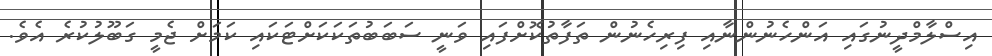
އިސްލާމްދީނުގައި އަންހެނުންނާއި ފިރިހެނުން ތަފާތުކޮށްފައި ވަނީ ސަބަބުތަކަކަށްޓަކައި ކަމަށް ޖެމީ ގަބޫލުކުރެ އެވެ.